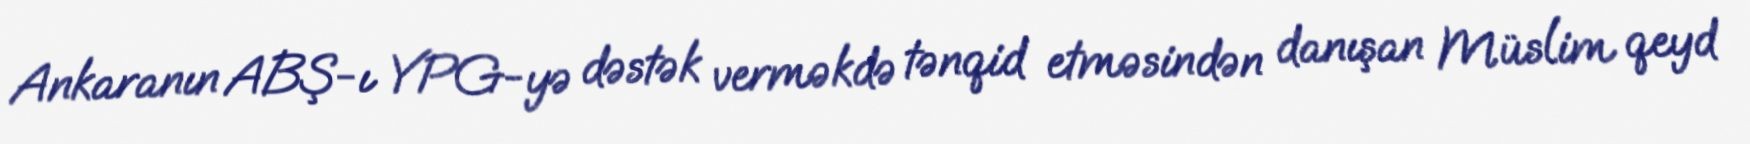
Ankaranın ABŞ-ı YPG-yə dəstək verməkdə tənqid etməsindən danışan Müslim qeyd